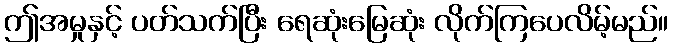
ဤအမှုနှင့် ပတ်သက်ပြီး ရေဆုံးမြေဆုံး လိုက်ကြပေလိမ့်မည်။